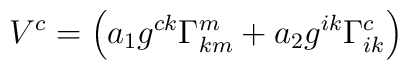
V^c =  \left(a_1 g^{ck} \Gamma^m_{km} +a_2 g^{ik} \Gamma^c_{ik}\right)